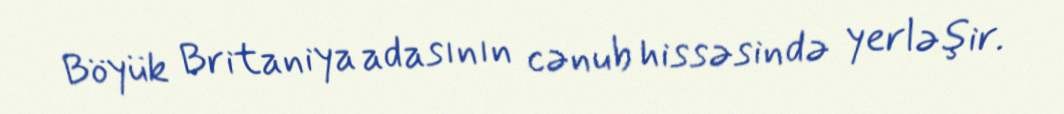
Böyük Britaniya adasının cənub hissəsində yerləşir.